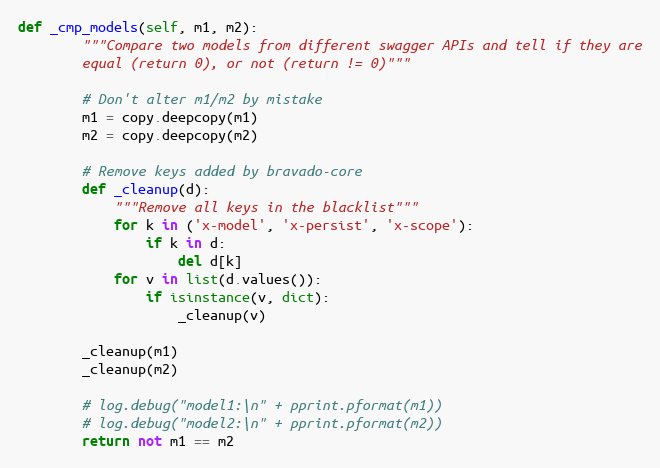
Language: Python
def _cmp_models(self, m1, m2):
        """Compare two models from different swagger APIs and tell if they are
        equal (return 0), or not (return != 0)"""

        # Don't alter m1/m2 by mistake
        m1 = copy.deepcopy(m1)
        m2 = copy.deepcopy(m2)

        # Remove keys added by bravado-core
        def _cleanup(d):
            """Remove all keys in the blacklist"""
            for k in ('x-model', 'x-persist', 'x-scope'):
                if k in d:
                    del d[k]
            for v in list(d.values()):
                if isinstance(v, dict):
                    _cleanup(v)

        _cleanup(m1)
        _cleanup(m2)

        # log.debug("model1:\n" + pprint.pformat(m1))
        # log.debug("model2:\n" + pprint.pformat(m2))
        return not m1 == m2